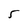
Character: 5